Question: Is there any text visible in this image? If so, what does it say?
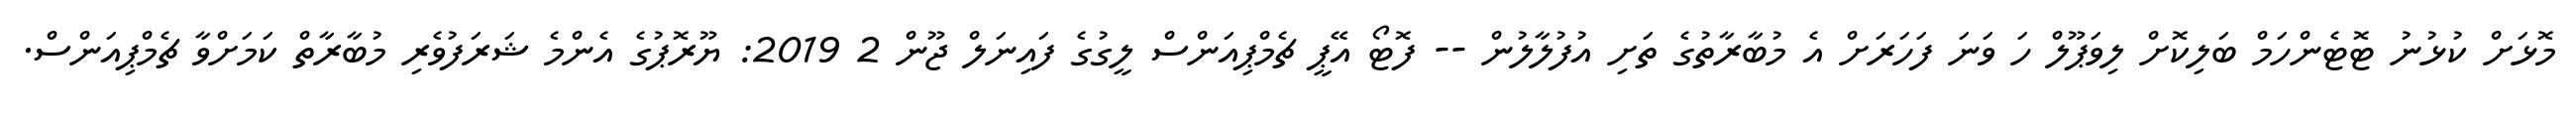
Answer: މޮޅަށް ކުޅުނު ޓޮޓެންހަމް ބަލިކޮށް ލިވަޕޫލް ހަ ވަނަ ފަހަރަށް އެ މުބާރާތުގެ ތަށި އުފުލާލުން -- ފޮޓޯ އޭޕީ ޗެމްޕިއަންސް ލީގުގެ ފައިނަލް ޖޫން 2 2019: ޔޫރޮޕުގެ އެންމެ ޝަރަފުވެރި މުބާރާތް ކަމަށްވާ ޗެމްޕިއަންސް.